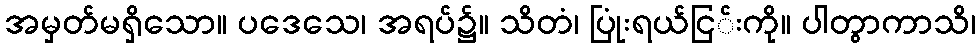
အမှတ်မရှိသော။ ပဒေသေ၊ အရပ်၌။ သိတံ၊ ပြုံးရယ်ငြ်းကို။ ပါတွာကာသိ၊